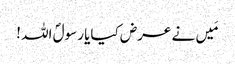
مَیں نے عرض کیایا رسولؐ اللہ !